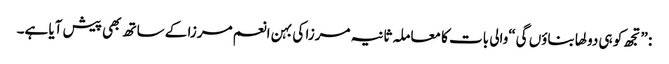
: ”تجھ کو ہی دولھا بناؤں گی“والی بات کا معاملہ ثانیہ مرزا کی بہن انعم مرزا کے ساتھ بھی پیش آیا ہے۔